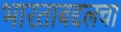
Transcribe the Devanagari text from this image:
भारताबद्दलचा